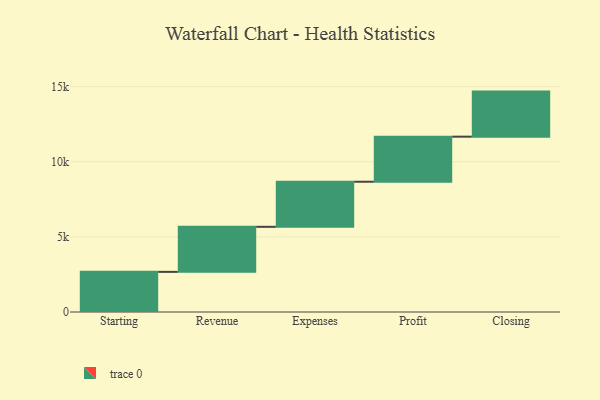
{"axis": {"x": "Step", "y": "Value"}, "legend": [""], "data": [{"x": "Starting", "y": 2671.0, "type": ""}, {"x": "Revenue", "y": 3000, "type": ""}, {"x": "Expenses", "y": 3000, "type": ""}, {"x": "Profit", "y": 3000, "type": ""}, {"x": "Closing", "y": 3000, "type": ""}]}